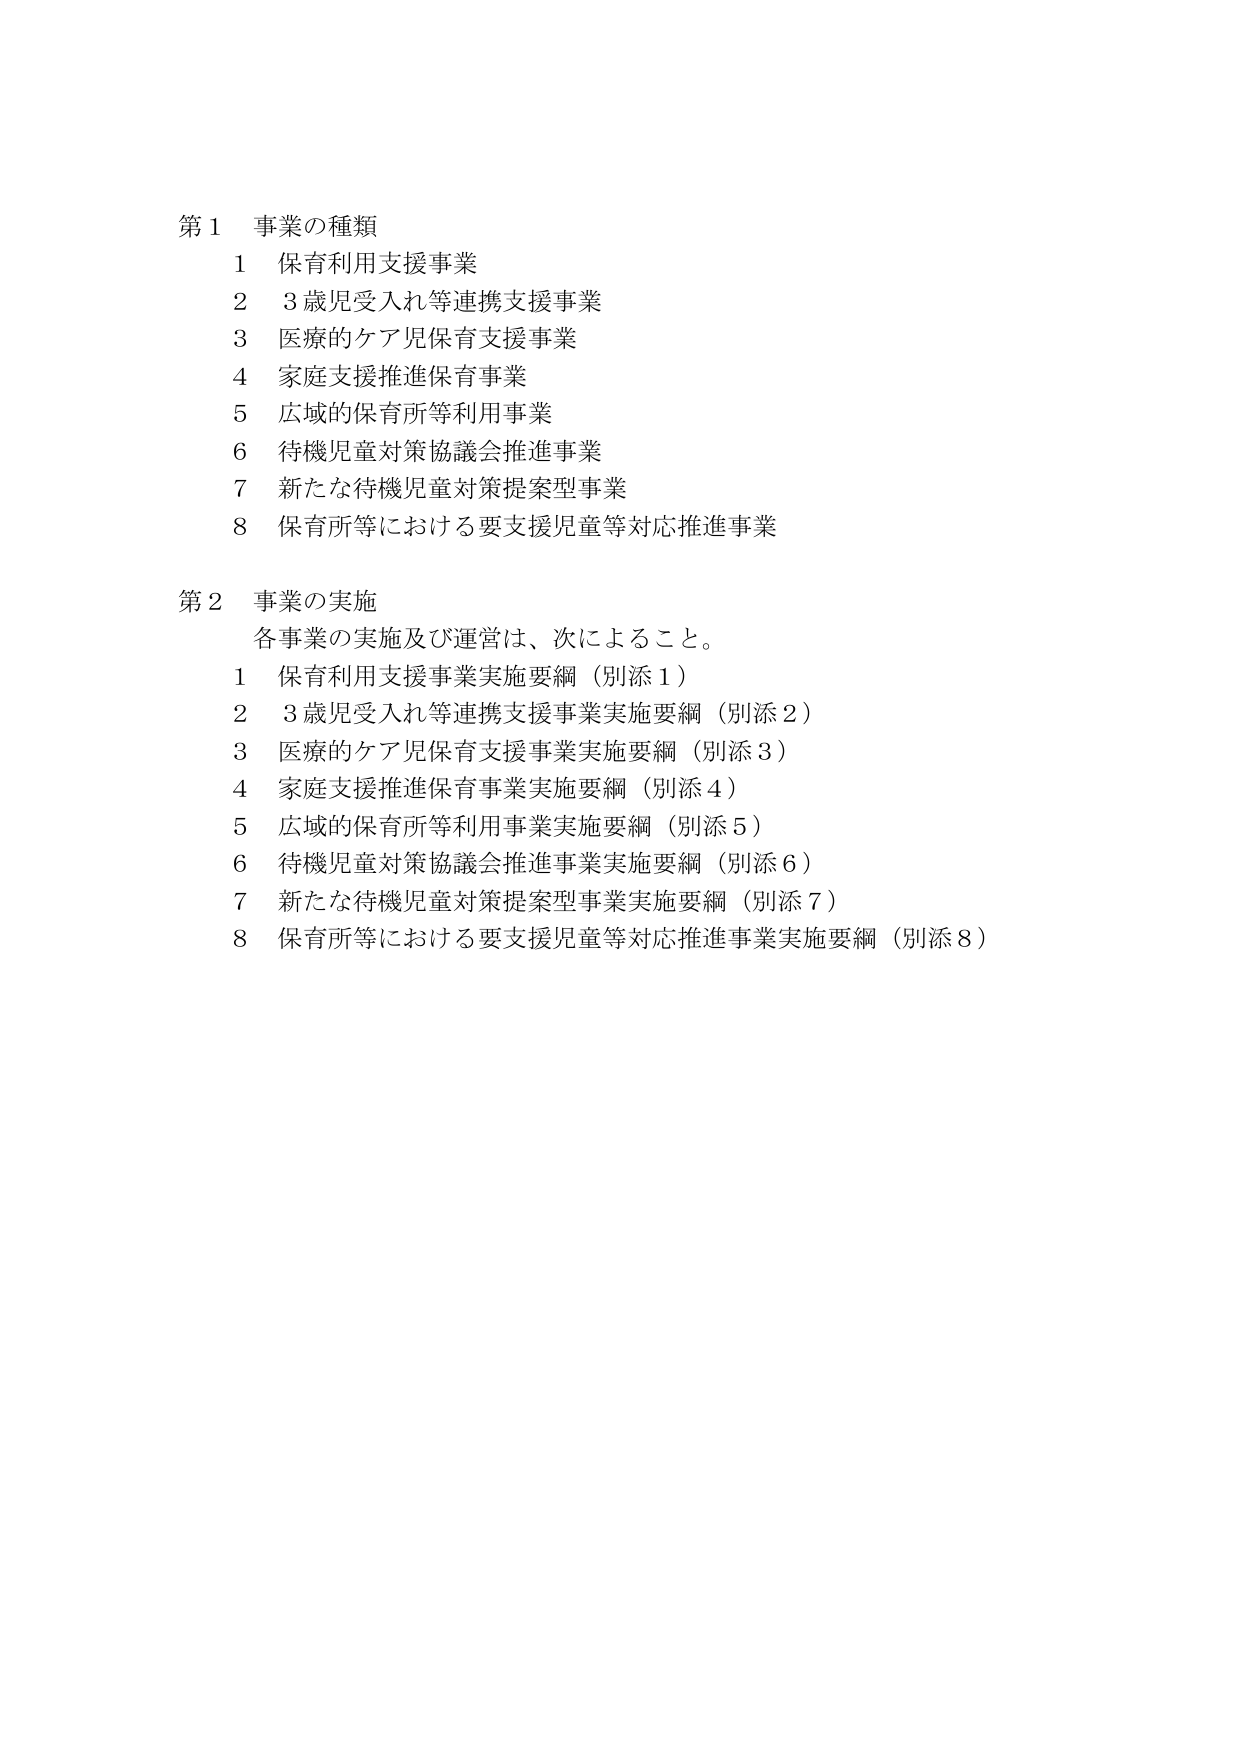
第１ 事業の種類
　１ 保育利用支援事業
　２ ３歳児受入れ等連携支援事業
　３ 医療的ケア児保育支援事業
　４ 家庭支援推進保育事業
　５ 広域的保育所等利用事業
　６ 待機児童対策協議会推進事業
　７ 新たな待機児童対策提案型事業
　８ 保育所等における要支援児童等対応推進事業

第２ 事業の実施
　各事業の実施及び運営は、次によること。
　１ 保育利用支援事業実施要綱（別添１）
　２ ３歳児受入れ等連携支援事業実施要綱（別添２）
　３ 医療的ケア児保育支援事業実施要綱（別添３）
　４ 家庭支援推進保育事業実施要綱（別添４）
　５ 広域的保育所等利用事業実施要綱（別添５）
　６ 待機児童対策協議会推進事業実施要綱（別添６）
　７ 新たな待機児童対策提案型事業実施要綱（別添７）
　８ 保育所等における要支援児童等対応推進事業実施要綱（別添８）